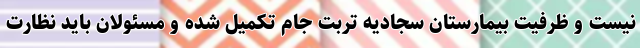
نیست و ظرفیت بیمارستان سجادیه تربت جام تکمیل شده و مسئولان باید نظارت